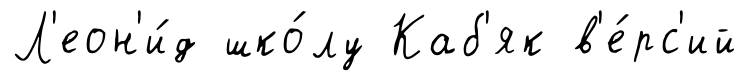
Л'еон'и́д шко́лу Каб'як в'е́рс'ий